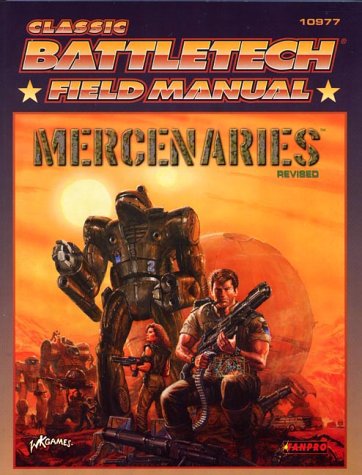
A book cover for Classic Battletech: Field Manual: Mercenaries (FPR10977); FanPro; Science Fiction & Fantasy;